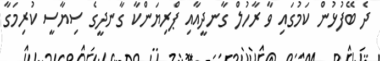
ދެ ބޭފުޅުން ކަމުގައި ވާ ރާހުލް ގާނދީއާއި ޕްރިޔަންކާ ގާނދީގެ ސިޔާސީ ކުރިމަގާ